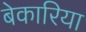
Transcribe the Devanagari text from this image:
बेकारिया